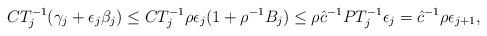
\begin{align*}CT^{-1}_j (\gamma_j + \epsilon_j \beta_j) \le CT^{-1}_j \rho\epsilon_j (1 + \rho^{-1} B_j) \le \rho \hat{c}^{-1} PT^{-1}_j \epsilon_j = \hat{c}^{-1} \rho \epsilon_{j+1},\end{align*}